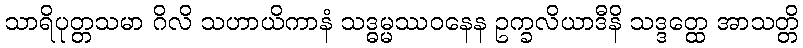
သာရိပုတ္တသမာ ဂိလိ သဟာယိကာနံ သဒ္ဓမ္မဿဝနေန ဥက္ခလိယာဒီနိ သဒ္ဒတ္ထေ အာသတ္တိ